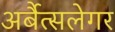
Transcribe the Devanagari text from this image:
अर्बैत्सलेगर